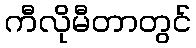
ကီလိုမီတာတွင်